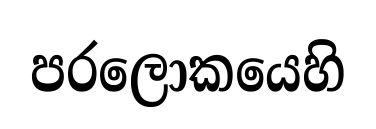
පරලොකයෙහි